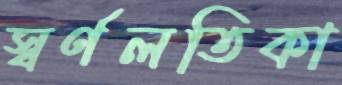
স্বর্ণলতিকা